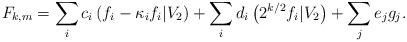
LaTeX: \begin{align*}F_{k,m} = \sum_i c_i \left(f_i - \kappa_i f_i|V_2 \right) + \sum_i d_i \left(2^{k/2} f_i|V_2 \right) + \sum_j e_j g_j.\end{align*}